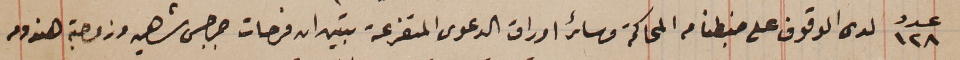
عدد ١٢٨ لدى الوقوف على ضبطنا من المحاكمة وسائر اوراق الدعوى المتفرعة تبين ان فرحات جرجس شاهين وزوجته هندومه